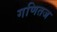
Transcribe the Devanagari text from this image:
गणितज